system: You are a helpful assistant.
user:
Analyze the provided spectrum to determine if it is a **"Cataclysmic Variables (CV)"**.

- **Key Indicators for CV (Check for either state):**
    - **State 1: Quiescent / Low-State (Emission-Dominated)**
        - **(Primary):** Strong and *very broad* Hydrogen Balmer emission lines (e.g., $H\alpha$ at 6563 Å, $H\beta$ at 4861 Å). The 'broadness' (high velocity dispersion, often FWHM > 1000 km/s) is the key diagnostic, indicating a high-velocity accretion disk.
        - **(Secondary):** Broad neutral Helium (He I) emission lines (e.g., 5876 Å, 6678 Å).
        - **(Key Confirmation):** Presence of high-excitation *ionized* Helium (He II) emission at 4686 Å. This is a strong indicator of accretion onto a white dwarf.
        - **(Line Profile):** Emission lines may exhibit a 'double-peaked' profile, which is a classic signature of a rotating accretion disk viewed at high inclination.

    - **State 2: Outburst / High-State (Absorption-Dominated)**
        - **(Primary):** Spectrum is dominated by a bright, blue continuum (looks like a hot star).
        - **(Secondary):** The emission lines from State 1 are weak, absent, or 'filled in', and are replaced by broad, shallow *absorption* lines (primarily Balmer and He I).
        - **(Morphology):** The overall spectrum mimics a hot B/A-type star. The crucial difference is that the absorption lines are significantly broader, shallower, and more 'washed-out' (or 'smeared') than the sharp lines of a normal stellar photosphere, due to high rotational speeds and pressure broadening in the disk.

Think first, call **spectral_visualization_tool** if needed to examine features in detail, then provide your final answer. Your response must adhere to the following strict rules:
1.  **Overall Structure:** Your response must follow the format `<think>...</think> <tool_call>...</tool_call> (if a tool is used) <answer>...</answer>`.
2.  **Tool Usage Constraint:** You may only make **one** tool call per turn.
3.  **Final Answer Format:** In the `<answer>` tag, your conclusion must be inside a `\boxed{}` command (e.g., `\boxed{YES}`), followed by your justification.

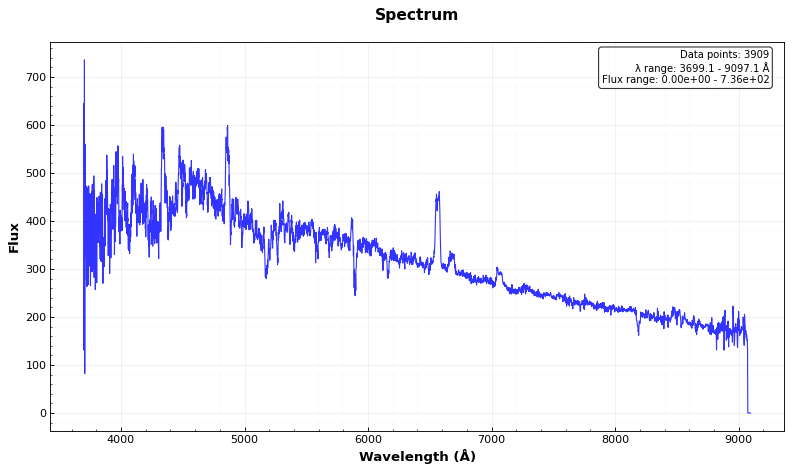
Answer: YES